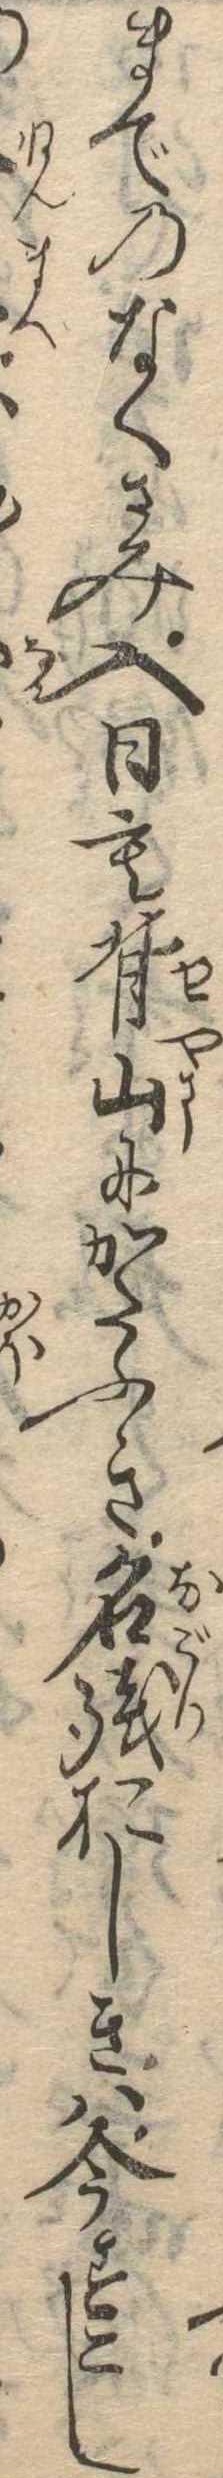
までのなくさみ入日も背山にかたふき名残おしきは今すこし